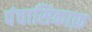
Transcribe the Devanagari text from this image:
पंचासिकाफ़